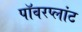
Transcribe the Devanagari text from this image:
पॉवरप्लांट